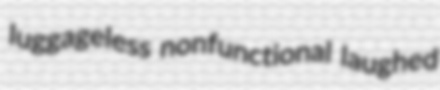
luggageless nonfunctional laughed